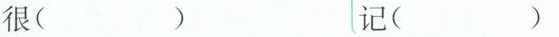
很（） 记（）